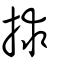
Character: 捄